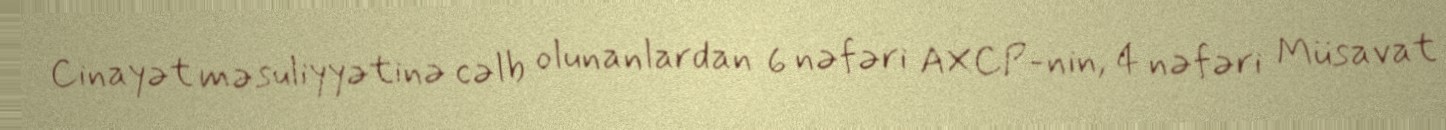
Cinayət məsuliyyətinə cəlb olunanlardan 6 nəfəri AXCP-nin, 4 nəfəri Müsavat